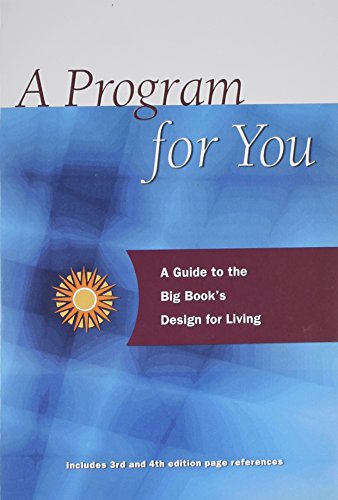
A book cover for A Program For You: A Guide To the Big Book's Design For Living; Anonymous; Health, Fitness & Dieting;